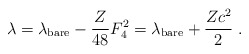
\begin{align*}\lambda = \lambda_{\rm bare} - \frac{Z}{48} F_4^2 =\lambda_{\rm bare} + \frac{Zc^2}{2}\ .\end{align*}